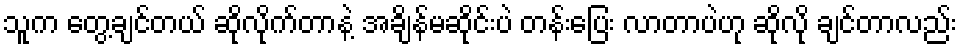
သူက တွေ့ချင်တယ် ဆိုလိုက်တာနဲ့ အချိန်မဆိုင်းပဲ တန်းပြေး လာတာပဲဟု ဆိုလို ချင်တာလည်း